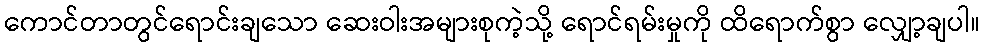
ကောင်တာတွင်ရောင်းချသော ဆေးဝါးအများစုကဲ့သို့ ရောင်ရမ်းမှုကို ထိရောက်စွာ လျှော့ချပါ။